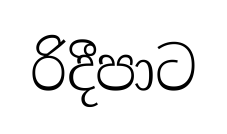
රිදීපාට